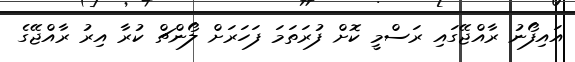
އައިފޯނު ރާއްޖޭގައި ރަސްމީ ކޮށް ފުރަތަމަ ފަހަރަށް ލޯންޗް ކުރާ އިރު ރާއްޖޭގެ